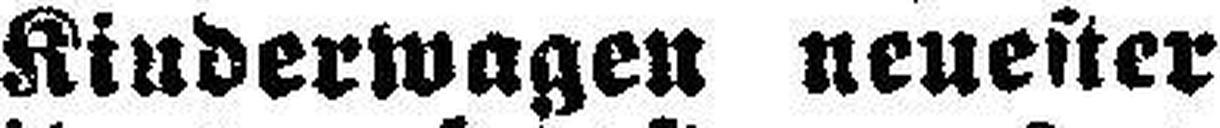
Kinderwagen neuester